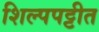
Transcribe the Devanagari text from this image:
शिल्पपट्टीत